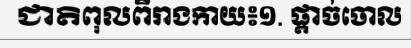
ជាតិពុលពីរាងកាយ៖១. ផ្តាច់ចោល